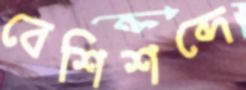
বেশিশব্দে